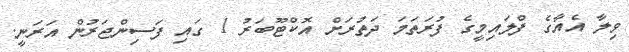
ވިލާ އެއާގެ ފްލައިމީގެ ފުރަތަމަ ދަތުރަށް އޮކްޓޫބަރު 1 ގައި ފަސިންޖަރުން އަރަނީ.